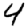
Digit: 4